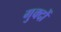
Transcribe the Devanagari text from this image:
गुक्दों